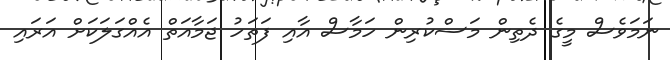
ނަމަވެސް މީގެ ދެތިން މަސްކުރިން ހަމާސް އާއި ފަތަހު ޖަމާއަތް އެއްގަލަކަށް އަރައި